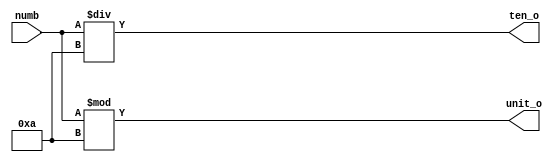
module extract_bit(
	input [5:0] numb,
	output reg [5:0] ten_o,
	output reg [5:0] unit_o
);
always @ (numb)
begin
    ten_o <= numb / 6'd10;
    unit_o <= numb % 6'd10;
end

endmodule